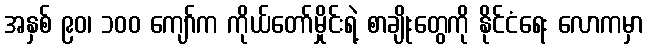
အနှစ် ၉၀၊ ၁၀၀ ကျော်က ကိုယ်တော်မှိုင်းရဲ့ စာချိုးတွေကို နိုင်ငံရေး လောကမှာ